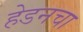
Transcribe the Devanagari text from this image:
हेडनचा